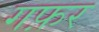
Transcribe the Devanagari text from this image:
गफ़र